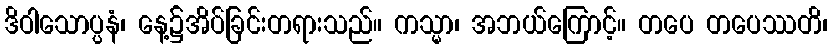
ဒိဝါသောပ္ပနံ၊ နေ့၌အိပ်ခြင်းတရားသည်။ ကသ္မာ၊ အဘယ်ကြောင့်။ တပေ တပေဿတိ၊